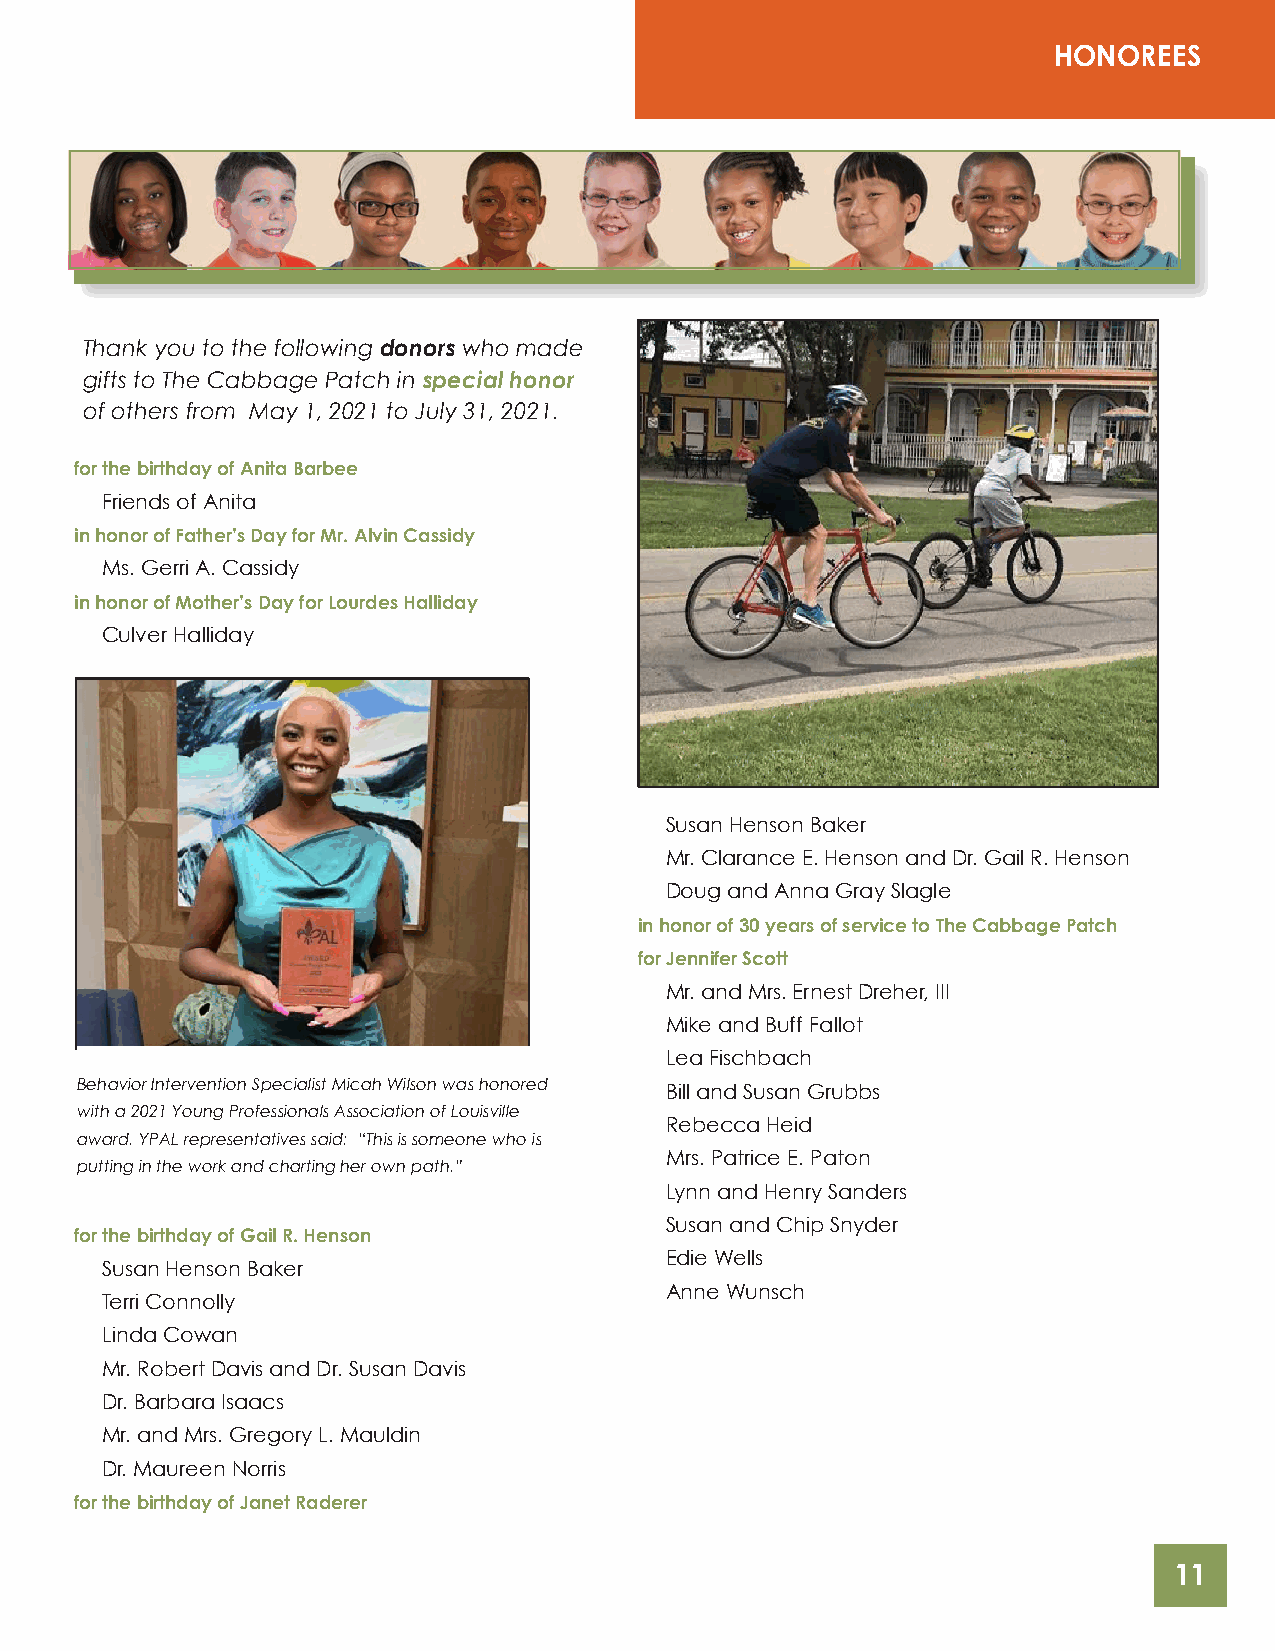
HONOREES
 Thank you to the following donors who made
 gifts to The Cabbage Patch in special honor
 of others from May 1, 2021 to July 31, 2021.
 for the birthday of Anita Barbee
 Friends of Anita
 in honor of Father’s Day for Mr. Alvin Cassidy
 Ms. Gerri A. Cassidy
 in honor of Mother’s Day for Lourdes Halliday
 Culver Halliday
 Susan Henson Baker
 Mr. Clarance E. Henson and Dr. Gail R. Henson
 Doug and Anna Gray Slagle
 in honor of 30 years of service to The Cabbage Patch
 for Jennifer Scott
 Mr. and Mrs. Ernest Dreher, III
 Mike and Buff Fallot
 Lea Fischbach
 Behavior Intervention Specialist Micah Wilson was honored Bill and Susan Grubbs
 with a 2021 Young Professionals Association of Louisville
 Rebecca Heid
 award. YPAL representatives said: “This is someone who is
 Mrs. Patrice E. Paton
 putting in the work and charting her own path.”
 Lynn and Henry Sanders
 Susan and Chip Snyder
 for the birthday of Gail R. Henson
 Edie Wells
 Susan Henson Baker
 Anne Wunsch
 Terri Connolly
 Linda Cowan
 Mr. Robert Davis and Dr. Susan Davis
 Dr. Barbara Isaacs
 Mr. and Mrs. Gregory L. Mauldin
 Dr. Maureen Norris
 for the birthday of Janet Raderer
 11